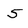
Character: 5